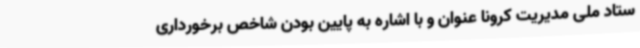
ستاد ملی مدیریت کرونا عنوان و با اشاره به پایین بودن شاخص برخورداری